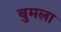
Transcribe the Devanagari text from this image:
बुमला